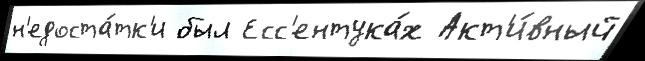
н'едоста́тк'и был Есс'ентука́х Акт'и́вный